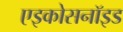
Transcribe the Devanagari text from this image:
एइकोसनॉइड